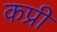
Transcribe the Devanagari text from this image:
कप्री